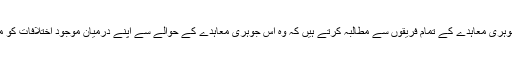
اقوام متحدہ کی ڈپٹی سیکرٹری جنرل نے کہا کہ ہم ایرانی جوہری معاہدے کے تمام فریقوں سے مطالبہ کرتے ہیں کہ وہ اس جوہری معاہدے کے حوالے سے اپنے درمیان موجود اختلافات کو معاہدے کے اندر طے شدہ طریقۂ کار کے مطابق حل کریں۔